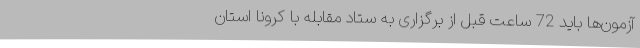
آزمون‌ها باید 72 ساعت قبل از برگزاری به ستاد مقابله با کرونا استان